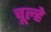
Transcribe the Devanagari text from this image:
चूल्‍हे